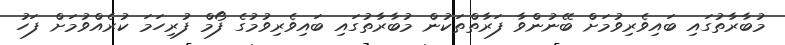
މުބާރާތުގައި ބައިވެރިވުމަށް ބޭނުންވާ ފަރާތްތަކުން މުބާރާތުގައި ބައިވެރިވުމުގެ ފޯމް ފުރިހަމަ ކުރެއްވުމަށް ފަހު